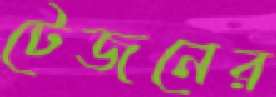
টেজনের